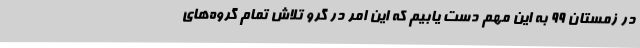
در زمستان 99 به این مهم دست یابیم که این امر در گرو تلاش تمام گروه‌های